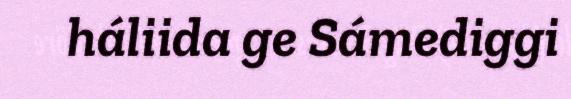
háliida ge Sámediggi